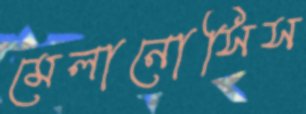
মেলানোসিস